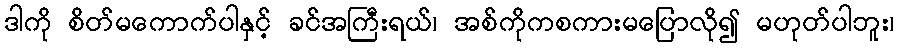
ဒါကို စိတ်မကောက်ပါနှင့် ခင်အကြီးရယ်၊ အစ်ကိုကစကားမပြောလို၍ မဟုတ်ပါဘူး၊